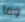
وما